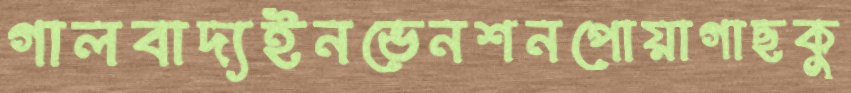
গালবাদ্যইনভেনশনপোয়াগাছকু